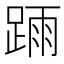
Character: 𨂎